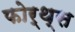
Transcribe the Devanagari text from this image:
फोर्थ्स